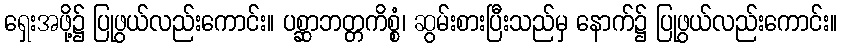
ရှေးအဖို့၌ ပြုဖွယ်လည်းကောင်း။ ပစ္ဆာဘတ္တကိစ္စံ၊ ဆွမ်းစားပြီးသည်မှ နောက်၌ ပြုဖွယ်လည်းကောင်း။